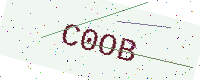
Text: C0OB